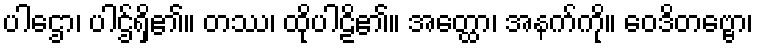
ပါဌော၊ ပါဌ်ရှိ၏။ တဿ၊ ထိုပါဠိ၏။ အတ္ထော၊ အနက်ကို။ ဝေဒိတဗ္ဗော၊